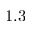
1 . 3